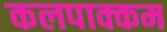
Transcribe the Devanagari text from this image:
कलपाक्कम